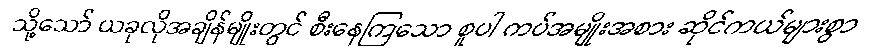
သို့သော် ယခုလိုအချိန်မျိုးတွင် စီးနေကြသော စူပါ ကပ်အမျိုးအစား ဆိုင်ကယ်များစွာ